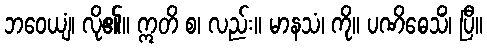
ဘဝေယျံ၊ လို၏။ ဣတိ စ၊ လည်း။ မာနသံ၊ ကို။ ပဏိဓေသိံ၊ ပြီ။